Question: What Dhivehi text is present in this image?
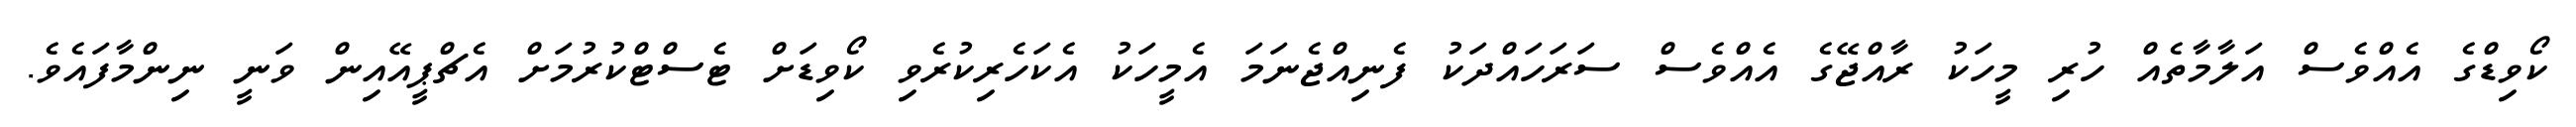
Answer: ކޯވިޑްގެ އެއްވެސް އަލާމާތެއް ހުރި މީހަކު ރާއްޖޭގެ އެއްވެސް ސަރަހައްދަކު ފެނިއްޖެނަމަ އެމީހަކު އެކަހެރިކުރެވި ކޯވިޑަށް ޓެސްޓްކުރުމަށް އެޗްޕީއޭއިން ވަނީ ނިންމާފައެވެ.